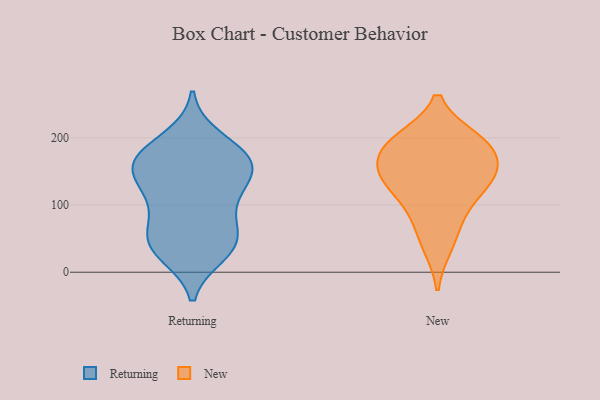
{"axis": {"x": "Bounce Rate (%)", "y": "Value"}, "legend": ["New", "Returning"], "data": [{"x": "", "y": 166, "type": "Returning"}, {"x": "", "y": 199, "type": "Returning"}, {"x": "", "y": 34, "type": "Returning"}, {"x": "", "y": 152, "type": "Returning"}, {"x": "", "y": 28, "type": "Returning"}, {"x": "", "y": 159, "type": "Returning"}, {"x": "", "y": 102, "type": "Returning"}, {"x": "", "y": 158, "type": "Returning"}, {"x": "", "y": 54, "type": "Returning"}, {"x": "", "y": 67, "type": "Returning"}, {"x": "", "y": 45, "type": "Returning"}, {"x": "", "y": 41, "type": "Returning"}, {"x": "", "y": 181, "type": "Returning"}, {"x": "", "y": 109, "type": "Returning"}, {"x": "", "y": 122, "type": "Returning"}, {"x": "", "y": 145, "type": "Returning"}, {"x": "", "y": 173, "type": "Returning"}, {"x": "", "y": 141, "type": "New"}, {"x": "", "y": 195, "type": "New"}, {"x": "", "y": 40, "type": "New"}, {"x": "", "y": 76, "type": "New"}, {"x": "", "y": 197, "type": "New"}, {"x": "", "y": 153, "type": "New"}, {"x": "", "y": 142, "type": "New"}, {"x": "", "y": 182, "type": "New"}, {"x": "", "y": 107, "type": "New"}, {"x": "", "y": 137, "type": "New"}, {"x": "", "y": 189, "type": "New"}]}